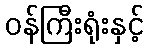
ဝန်ကြီးရုံးနှင့်